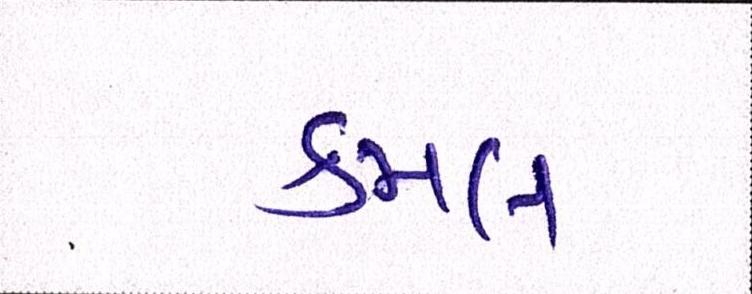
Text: કમલ